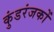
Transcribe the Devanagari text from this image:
कुंडरंजकों